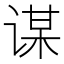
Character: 谋